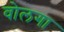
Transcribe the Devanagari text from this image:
वोलगा